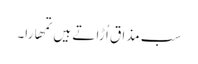
سب مذا ق اُ ڑا تے ہیں تمھارا۔